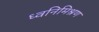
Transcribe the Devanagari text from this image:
ध्वनिमिश्रण